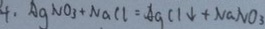
4 . A g N O _ { 3 } + N a C l = A g C l \downarrow + N a N O _ { 3 }